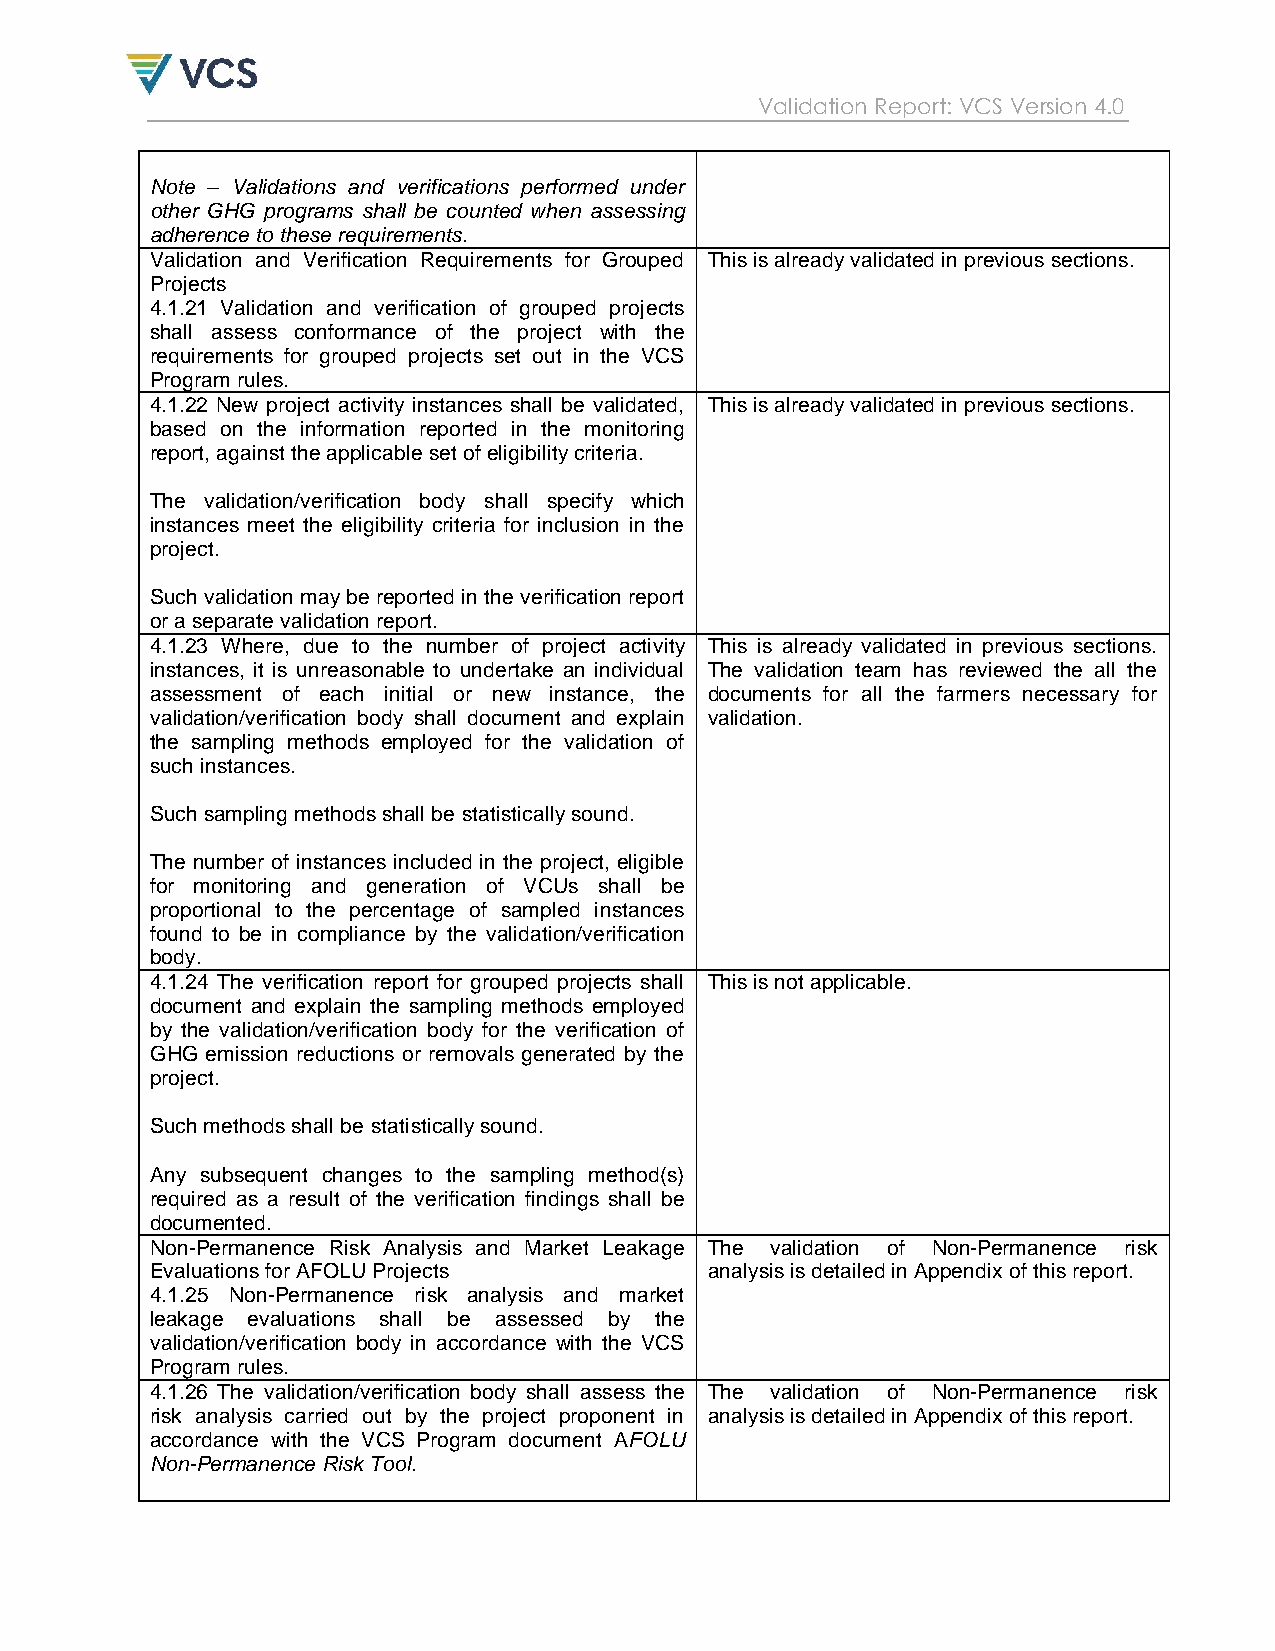
Validation Report: VCS Version 4.0
 Note – Validations and verifications performed under
 other GHG programs shall be counted when assessing
 adherence to these requirements.
 Validation and Verification Requirements for Grouped This is already validated in previous sections.
 Projects
 4.1.21 Validation and verification of grouped projects
 shall assess conformance of the project with the
 requirements for grouped projects set out in the VCS
 Program rules.
 4.1.22 New project activity instances shall be validated, This is already validated in previous sections.
 based on the information reported in the monitoring
 report, against the applicable set of eligibility criteria.
 The validation/verification body shall specify which
 instances meet the eligibility criteria for inclusion in the
 project.
 Such validation may be reported in the verification report
 or a separate validation report.
 4.1.23 Where, due to the number of project activity This is already validated in previous sections.
 instances, it is unreasonable to undertake an individual The validation team has reviewed the all the
 assessment of each initial or new instance, the documents for all the farmers necessary for
 validation/verification body shall document and explain validation.
 the sampling methods employed for the validation of
 such instances.
 Such sampling methods shall be statistically sound.
 The number of instances included in the project, eligible
 for monitoring and generation of VCUs shall be
 proportional to the percentage of sampled instances
 found to be in compliance by the validation/verification
 body.
 4.1.24 The verification report for grouped projects shall This is not applicable.
 document and explain the sampling methods employed
 by the validation/verification body for the verification of
 GHG emission reductions or removals generated by the
 project.
 Such methods shall be statistically sound.
 Any subsequent changes to the sampling method(s)
 required as a result of the verification findings shall be
 documented.
 Non-Permanence Risk Analysis and Market Leakage The validation of Non-Permanence risk
 Evaluations for AFOLU Projects       analysis is detailed in Appendix of this report.
 4.1.25 Non-Permanence risk analysis and market
 leakage evaluations shall be assessed by the
 validation/verification body in accordance with the VCS
 Program rules.
 4.1.26 The validation/verification body shall assess the The validation of Non-Permanence risk
 risk analysis carried out by the project proponent in analysis is detailed in Appendix of this report.
 accordance with the VCS Program document AFOLU
 Non-Permanence Risk Tool.